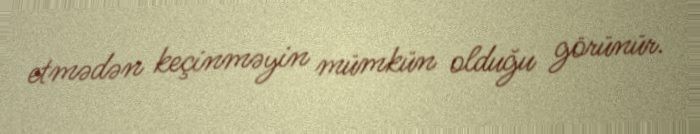
etmədən keçinməyin mümkün olduğu görünür.